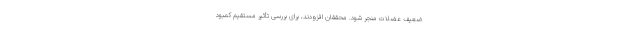
ضعیف عضلات منجر شود. محققان افزودند، برای بررسی تأثیر مستقیم کمبود